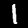
Digit: 1